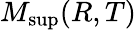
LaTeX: M_{\operatorname*{sup}}(R,T)